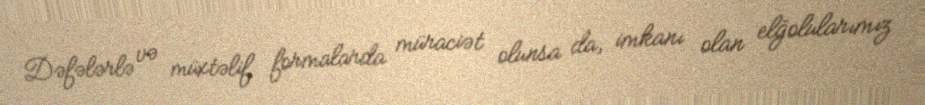
Dəfələrlə və müxtəlif formalarda müraciət olunsa da, imkanı olan elğolularımız